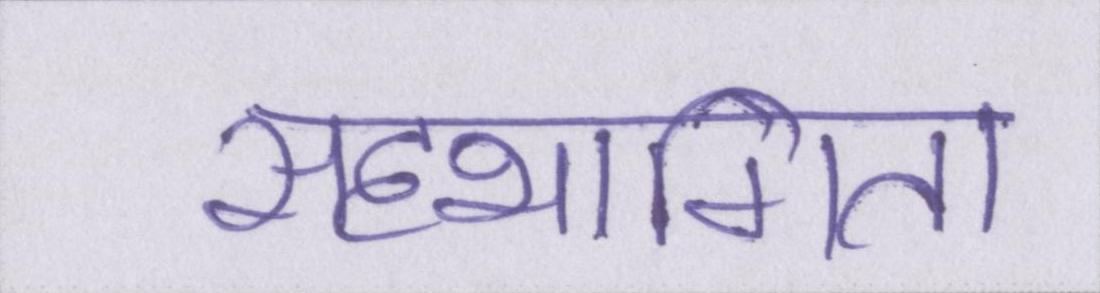
सहभागिता